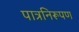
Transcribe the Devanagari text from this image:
पात्रनिरूपण